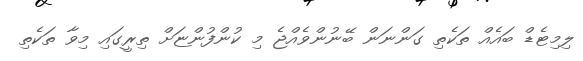
ލިމިޓެޑް ބައެއް ތަކެތި ގަންނަން ބޭނުންވެއްޖެ މި ކުންފުންޏަށް ތިރީގައި މިވާ ތަކެތި